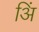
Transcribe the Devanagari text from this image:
अिं